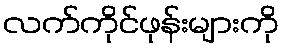
လက်ကိုင်ဖုန်းများကို